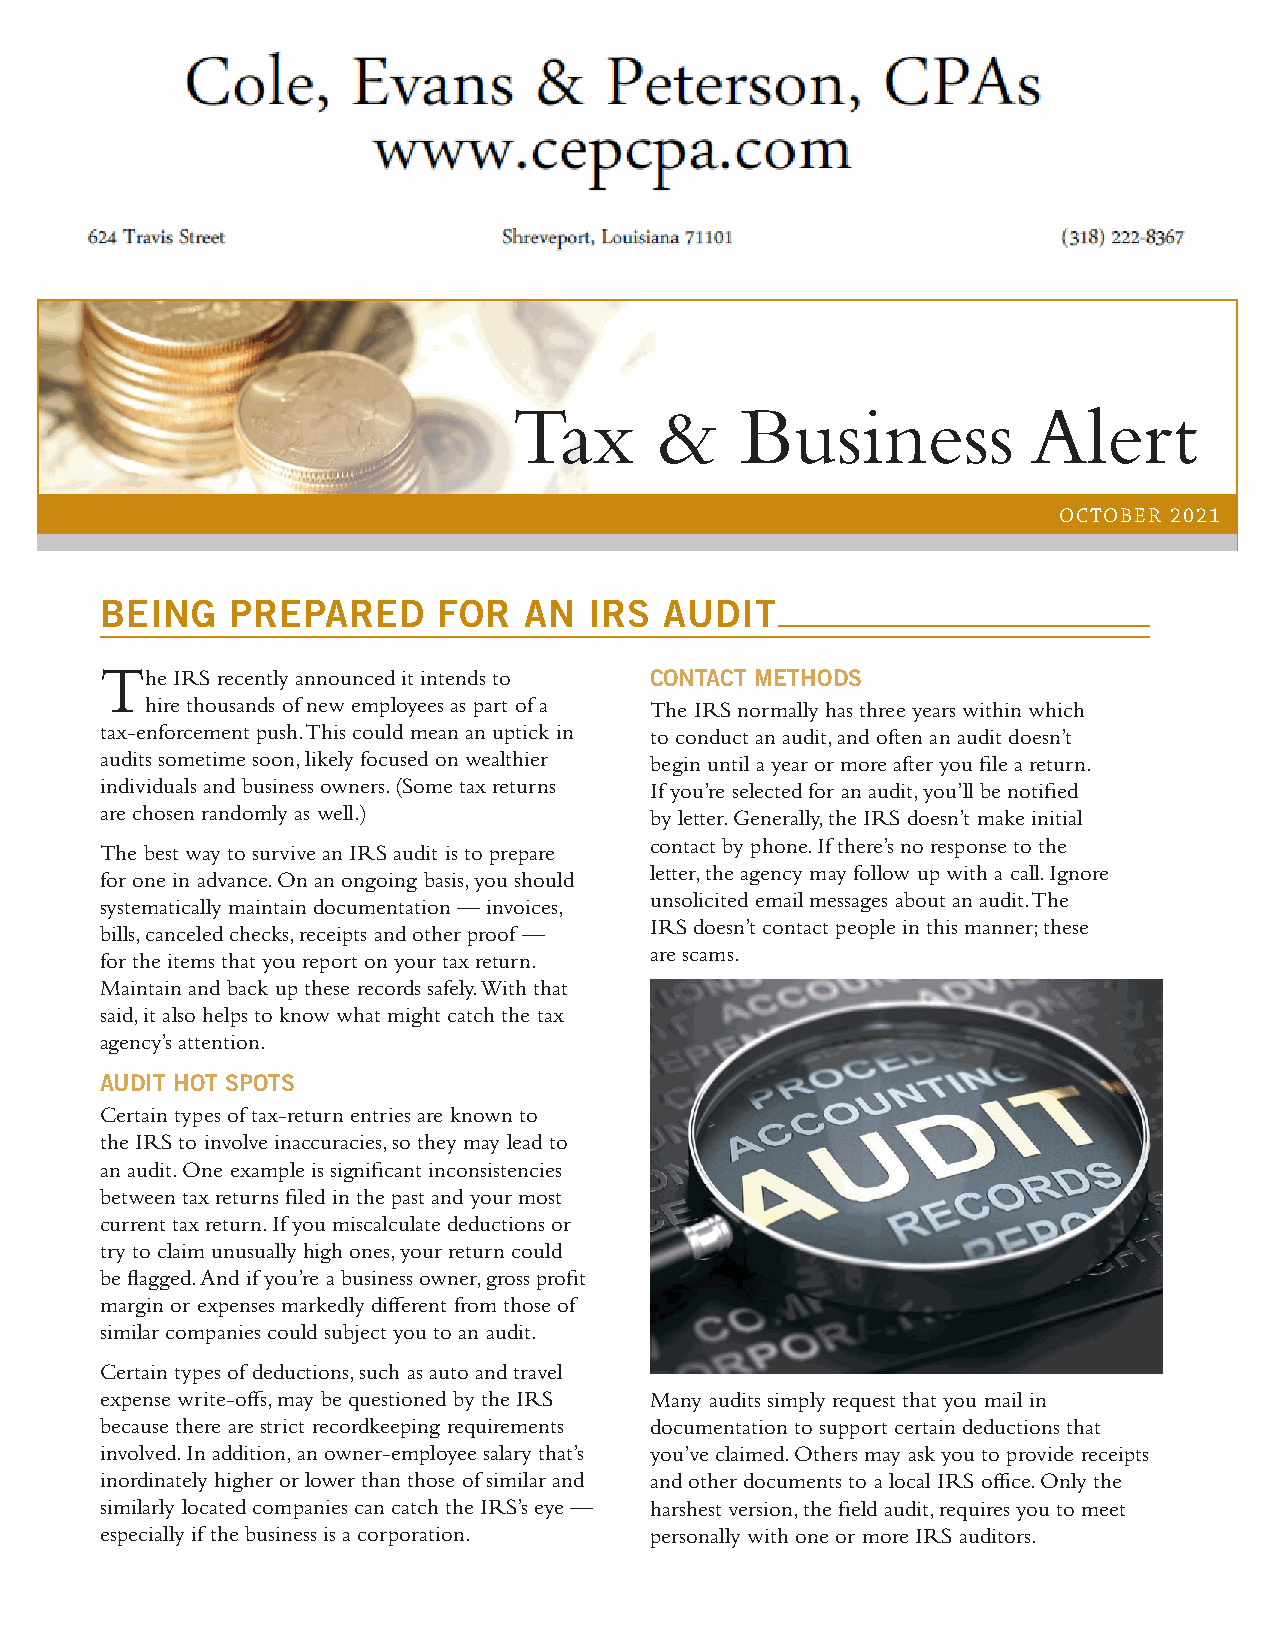
Tax      &     Business           Alert
 OCTOBER 2021
 BEING   PREPARED      FOR   AN  IRS  AUDIT
 T
 he IRS recently announced it intends to CONTACT METHODS
 hire thousands of new employees as part of a The IRS normally has three years within which
 tax-enforcement push. This could mean an uptick in to conduct an audit, and often an audit doesn’t
 audits sometime soon, likely focused on wealthier begin until a year or more after you file a return.
 individuals and business owners. (Some tax returns If you’re selected for an audit, you’ll be notified
 are chosen randomly as well.)       by letter. Generally, the IRS doesn’t make initial
 contact by phone. If there’s no response to the
 The best way to survive an IRS audit is to prepare
 letter, the agency may follow up with a call. Ignore
 for one in advance. On an ongoing basis, you should
 unsolicited email messages about an audit. The
 systematically maintain documentation — invoices,
 IRS doesn’t contact people in this manner; these
 bills, canceled checks, receipts and other proof —
 are scams.
 for the items that you report on your tax return.
 Maintain and back up these records safely. With that
 said, it also helps to know what might catch the tax
 agency’s attention.
 AUDIT HOT SPOTS
 Certain types of tax-return entries are known to
 the IRS to involve inaccuracies, so they may lead to
 an audit. One example is significant inconsistencies
 between tax returns filed in the past and your most
 current tax return. If you miscalculate deductions or
 try to claim unusually high ones, your return could
 be flagged. And if you’re a business owner, gross profit
 margin or expenses markedly different from those of
 similar companies could subject you to an audit.
 Certain types of deductions, such as auto and travel
 expense write-offs, may be questioned by the IRS Many audits simply request that you mail in
 because there are strict recordkeeping requirements documentation to support certain deductions that
 involved. In addition, an owner-employee salary that’s you’ve claimed. Others may ask you to provide receipts
 inordinately higher or lower than those of similar and and other documents to a local IRS office. Only the
 similarly located companies can catch the IRS’s eye — harshest version, the field audit, requires you to meet
 especially if the business is a corporation. personally with one or more IRS auditors.